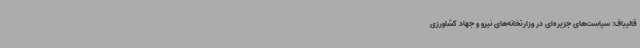
قالیباف: سیاست‌های جزیره‌ای در وزارتخانه‌های نیرو و جهاد کشاورزی